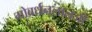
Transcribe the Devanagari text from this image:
गोवर्धनलालजी